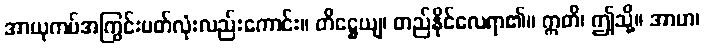
အာယုကပ်အကြွင်းပတ်လုံးလည်းကောင်း။ တိဋ္ဌေယျ၊ တည်နိုင်လေရာ၏။ ဣတိ၊ ဤသို့။ အာဟ၊